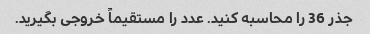
جذر 36 را محاسبه کنید. عدد را مستقیماً خروجی بگیرید.